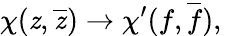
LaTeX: {\chi}(\mathit{z},\overline{{{{\mathit{z}}}}})\rightarrow{\chi}^{\prime}(f,\overline{{{{f}}}}),\quad